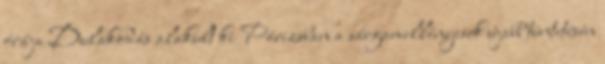
órája Dulakodás alakult ki Párizsban a sárgamellényesek újabb tüntetésén